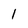
Character: 1